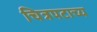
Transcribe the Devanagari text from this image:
चित्रपटाच्य